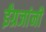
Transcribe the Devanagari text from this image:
ईंग्रजांनी